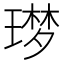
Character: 𮴬